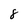
Character: 8